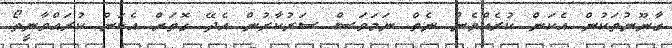
ގާނޫނުތަކުން އެކަން ކުރެއްވެން ނެތް ނަމަވަސް ސަރުކާރުން އެދޭ ގޮތަށް އެކަން ކުރައްވާނީތޯ